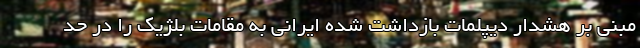
مبنی بر هشدار دیپلمات بازداشت شده ایرانی به مقامات بلژیک را در حد